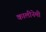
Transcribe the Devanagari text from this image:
कालीनेमी